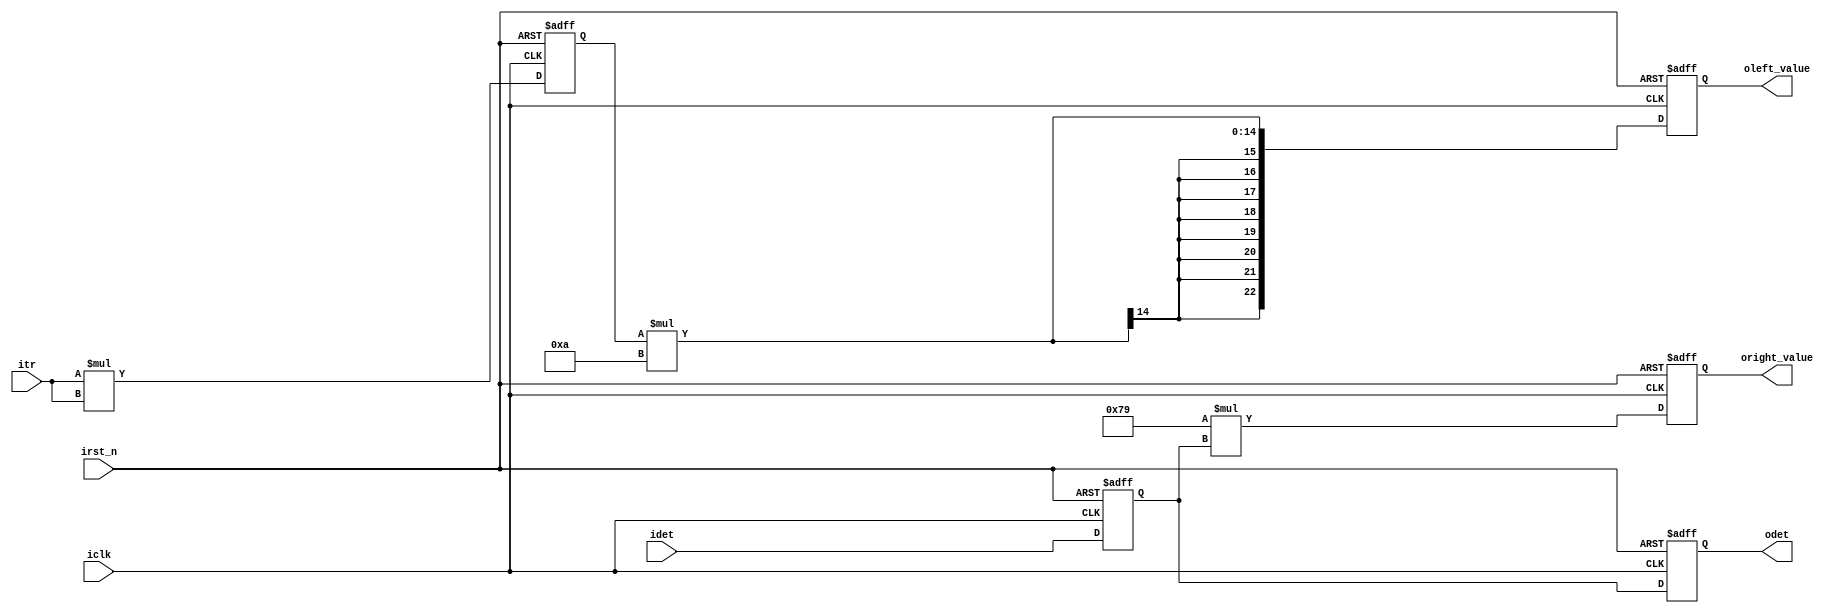
`timescale 1 ps / 1 ps

module Edgevalue (  
  input                                iclk,
  input                                irst_n,
  input           signed     [9:0]     itr,
  input           signed     [16:0]    idet,
  output    reg   signed     [22:0]    oleft_value,
  output    reg   signed     [24:0]    oright_value,
  output    reg   signed     [16:0]    odet
);

reg   signed    [9:0]    tr2;
reg   signed    [16:0]   det;

parameter sift_curv_thr = 10;
parameter sift_curv_thr_add1 = 121;

always@(posedge iclk or negedge irst_n) begin
  if (!irst_n) begin
    tr2 <= 0;
    det <= 0;
    oleft_value <= 0;
    oright_value <= 0;
    odet <= 0;
  end  
  else  begin
    //////////////////////////////////////////////////////////////////////
    //clk 1
    tr2 <= itr * itr;
    det <= idet;
    //////////////////////////////////////////////////////////////////////
    //clk 2
    //tr * tr * SIFT_CURV_THR >= (SIFT_CURV_THR + 1) * (SIFT_CURV_THR + 1) * det
    oleft_value <= tr2 * sift_curv_thr;
    oright_value <= sift_curv_thr_add1 * det;
    odet <= det;
    //////////////////////////////////////////////////////////////////////
  end
end

endmodule